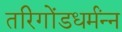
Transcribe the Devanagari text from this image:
तरिगोंडधर्मंन्न